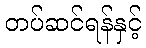
တပ်ဆင်ရန်နှင့်